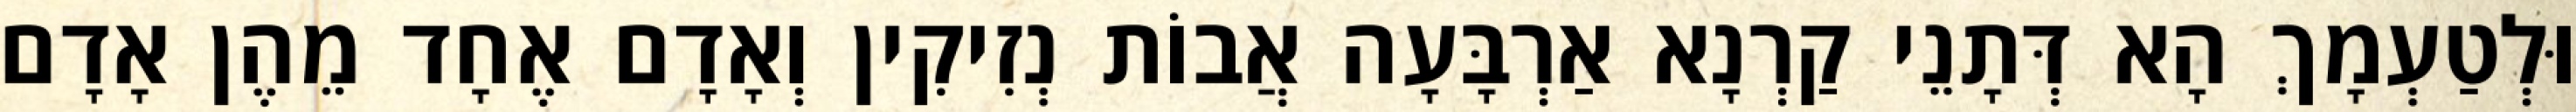
וּלְטַעְמָךְ הָא דְּתָנֵי קַרְנָא אַרְבָּעָה אֲבוֹת נְזִיקִין וְאָדָם אֶחָד מֵהֶן אָדָם